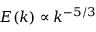
E ( k ) \propto k ^ { - 5 / 3 }